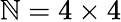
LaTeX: \mathbb{N}=4\times4